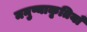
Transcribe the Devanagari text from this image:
मनुष्याकृतियाँ